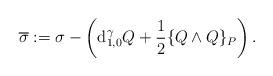
LaTeX: \begin{gather*}\overline{\sigma}:= \sigma-\left(\mathrm{d}_{1,0}^{\gamma}Q+\frac{1}{2}\{Q\wedge Q\}_{P}\right).\end{gather*}